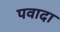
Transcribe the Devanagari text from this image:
पवादा